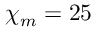
\chi _ { m } = 2 5